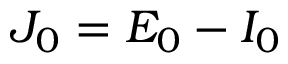
J _ { 0 } = E _ { 0 } - I _ { 0 }